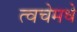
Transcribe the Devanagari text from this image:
त्वचेमधे